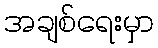
အချစ်ရေးမှာ